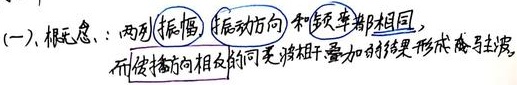
(一)、根柢：两列振幅、振动方向和频率都相同，而传播方向相反的同类波相干叠加的结果是形成驻波。